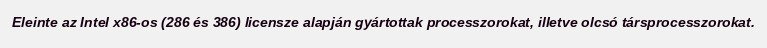
Eleinte az Intel x86-os (286 és 386) licensze alapján gyártottak processzorokat, illetve olcsó társprocesszorokat.